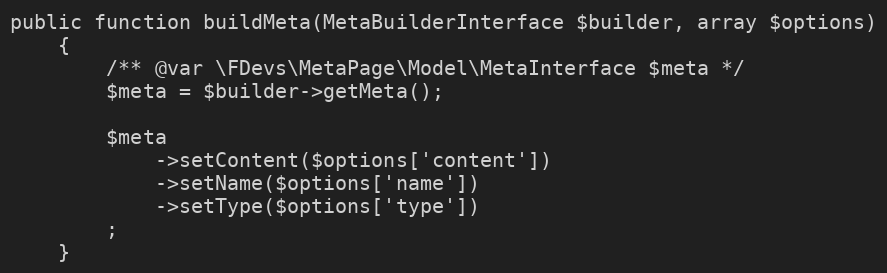
Language: PHP
public function buildMeta(MetaBuilderInterface $builder, array $options)
    {
        /** @var \FDevs\MetaPage\Model\MetaInterface $meta */
        $meta = $builder->getMeta();

        $meta
            ->setContent($options['content'])
            ->setName($options['name'])
            ->setType($options['type'])
        ;
    }